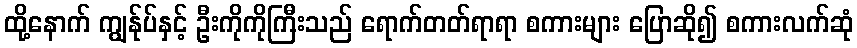
ထို့နောက် ကျွန်ုပ်နှင့် ဦးကိုကိုကြီးသည် ရောက်တတ်ရာရာ စကားများ ပြောဆို၍ စကားလက်ဆုံ